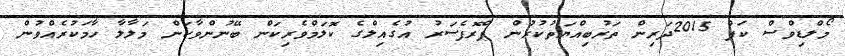
މޯލްޑިވްސް ކަޕް 2015ދަރިން ތަރުބިއްޔަތުކުރުން ޕްރޮފެސަރު އުގެއިލްގެ ކޮލަމްވެރިކަން ބޭނުންވާކަން މަލާލާ ހާމަކުރެއްވުން